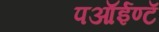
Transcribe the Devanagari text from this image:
पऑईण्टॅ